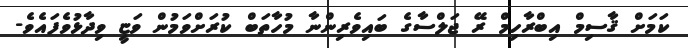
ކަމަށް ޤާސިމް އިބްރާހިމް ރޭ ޖަލްސާގެ ބައިވެރިންނާ މުހާތަބް ކުރަށްވަމުން ވަޏީ ވިދާޅުވެފައެވެ-